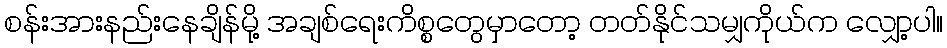
စန်းအားနည်းနေချိန်မို့ အချစ်ရေးကိစ္စတွေမှာတော့ တတ်နိုင်သမျှကိုယ်က လျှော့ပါ။